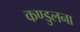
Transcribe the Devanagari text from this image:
कण्डुलना